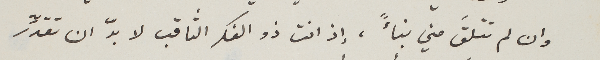
وان لم تتلقَ مني نبأً، إذ انت ذو الفكر الثاقب لا بدّ ان تقدِّر